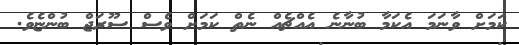
ކަމަށް ވާނަަމަ އެކަމާ ބުނާނެ އެއްޗެއް ނެތް ކަމަށް ވެސް ސޫރަޖް ބުންޏެވެ.